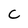
Character: C